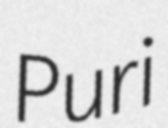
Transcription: Puri